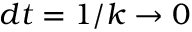
d t = 1 / k \to 0